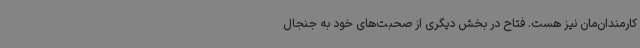
کارمندان‌مان نیز هست. فتاح در بخش دیگری از صحبت‌های خود به جنجال